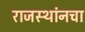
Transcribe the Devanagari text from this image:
राजस्थांनचा